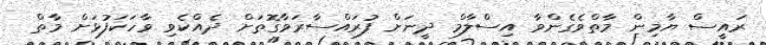
ރައީސް ޔާމިން މާތްވެގެންވާ އިސްލާމް ދީނަށް ފުރައްސާރަވާގޮތަށް ދެއްކެވި ވާހަކަފުޅަށް މާތް